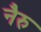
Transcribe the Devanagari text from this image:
नैरु